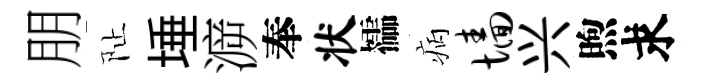
朋阯埵㴑奉状櫺病墙兴煦求